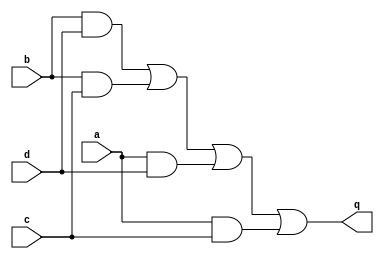
//2022_11_10 kerong
//Combinational circuit 3
module top_module (
    input a,
    input b,
    input c,
    input d,
    output q );//

    assign q = (b & d) | (b & c) | (a & d) | (a & c); // Fix me

endmodule